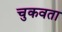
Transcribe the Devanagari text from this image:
चुकवता